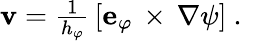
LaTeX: \begin{array}{r}{\mathbf{v}=\frac{1}{h_{\varphi}}\, [{\mathbf e}_{\varphi}\, \times\, \nabla\psi]\ .\ }\end{array}